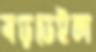
বড়ডেইল